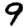
Digit: 9